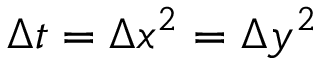
\Delta t = \Delta x ^ { 2 } = \Delta y ^ { 2 }